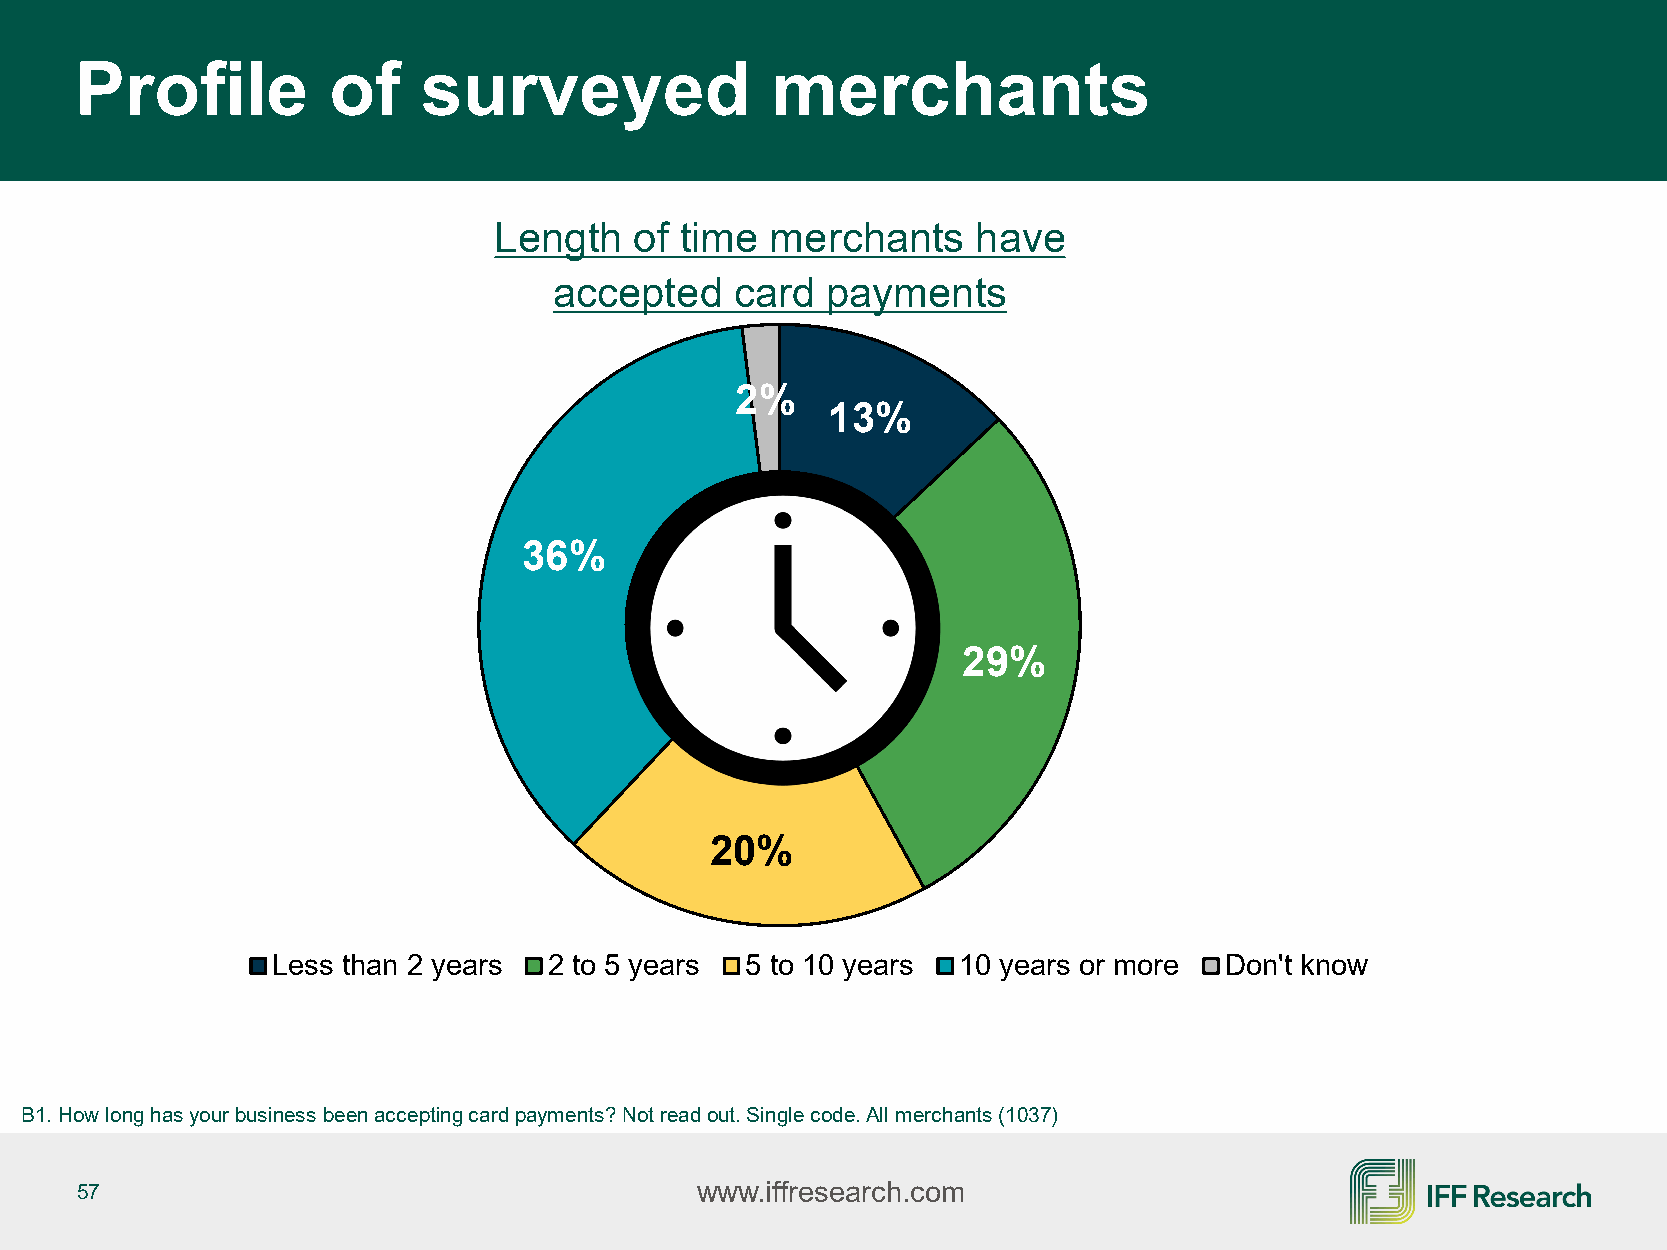
Profile          of    surveyed               merchants
 Length   of time  merchants     have
 accepted    card  payments
 2%
 13%
 36%
 29%
 20%
 Less than 2 years 2 to 5 years 5 to 10 years 10 years or more  Don't know
 B1. How long has your business been accepting card payments? Not read out. Single code. All merchants (1037)
 57                                       www.iffresearch.com